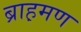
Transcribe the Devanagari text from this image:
ब्राह़मण